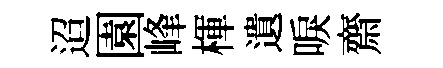
迢園峰楎遺唳齋